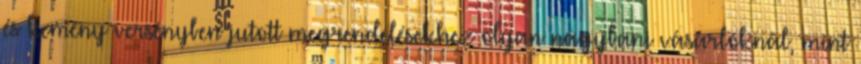
és kemény versenyben jutott megrendelésekhez olyan nagybani vásárlóknál, mint